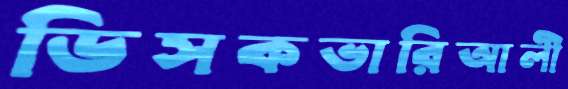
ডিসকভারিআলী